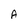
Character: A